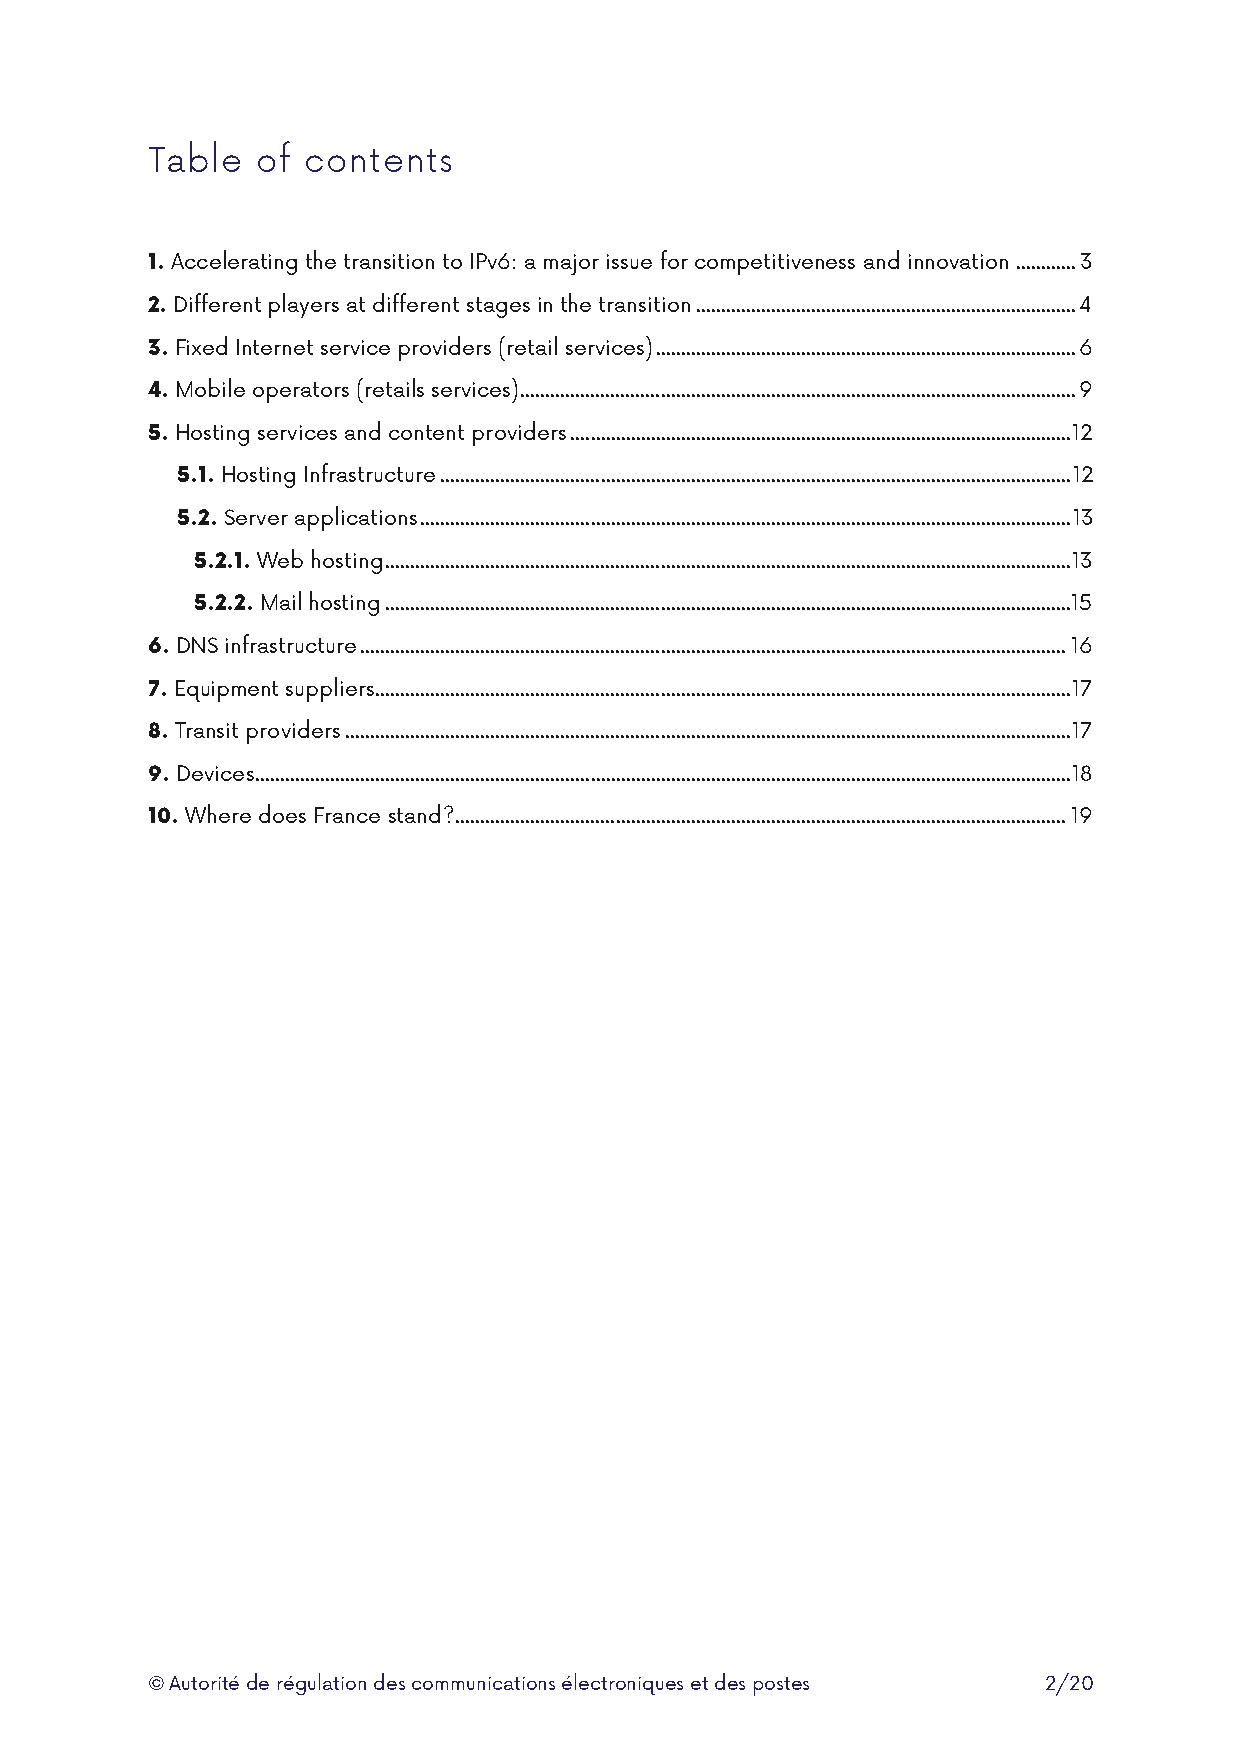
Table  of contents
 1. Accelerating the transition to IPv6: a major issue for competitiveness and innovation ............ 3
 2. Different players at different stages in the transition ............................................................................ 4
 3. Fixed Internet service providers (retail services) .................................................................................... 6
 4. Mobile operators (retails services) ............................................................................................................... 9
 5. Hosting services and content providers .................................................................................................... 12
 5.1. Hosting Infrastructure .............................................................................................................................. 12
 5.2. Server applications .................................................................................................................................. 13
 5.2.1. Web hosting ......................................................................................................................................... 13
 5.2.2. Mail hosting ......................................................................................................................................... 15
 6. DNS infrastructure ............................................................................................................................................. 16
 7. Equipment suppliers ........................................................................................................................................... 17
 8. Transit providers ................................................................................................................................................. 17
 9. Devices ................................................................................................................................................................... 18
 10. Where does France stand? .......................................................................................................................... 19
 © Autorité de régulation des communications électroniques et des postes 2/20